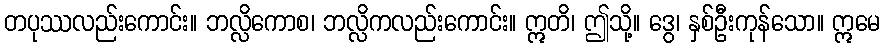
တပုဿလည်းကောင်း။ ဘလ္လိကောစ၊ ဘလ္လိကလည်းကောင်း။ ဣတိ၊ ဤသို့။ ဒွေ၊ နှစ်ဦးကုန်သော။ ဣမေ